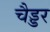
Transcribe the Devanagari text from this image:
चैड्डर